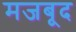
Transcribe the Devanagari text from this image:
मजबूद